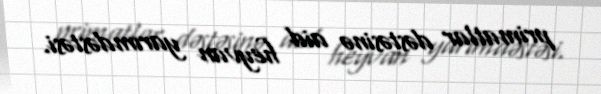
primatlar dəstəsinə aid heyvan yarımdəstəsi.